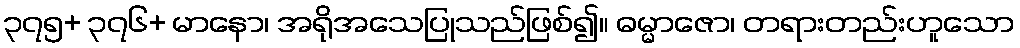
၃၇၅+ ၃၇၆+ မာနော၊ အရိုအသေပြုသည်ဖြစ်၍။ ဓမ္မာဇော၊ တရားတည်းဟူသော